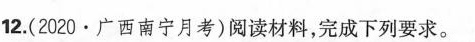
12.(2020·广西南宁月考)阅读材料，完成下列要求。